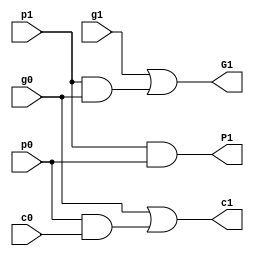
module PG(
		input p1,
		input p0,
		input g1,
		input g0,
		input c0,
		output c1,

		output P1,
		output G1
	);


	wire c1 = g0|p0&c0;
	wire P1 = p1&p0;
	wire G1 = g1|p1&g0;

endmodule